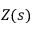
Z ( s )